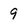
Character: 9